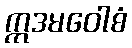
ဣဒမဝေါစံ